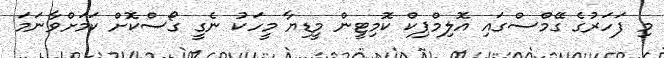
މި ފަހަރުގެ ގޭމްސްގައި އޮލިމްޕިކް ކޮމިޓީން މީޑިޔާ މީހަކު ނެގީ ގޯސްކޮށް ކަމަށްވާނަމަ